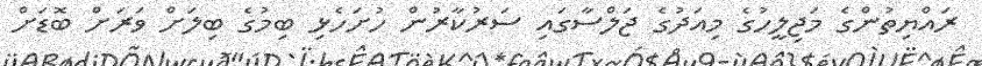
ރައްޔިތުންގެ މަޖިލީހުގެ މިއަދުގެ ޖަލްސާގައި ސަރުކާރުން ހުށަހެޅި ބިމުގެ ބިލަށް ވަރަށް ބޮޑަށް